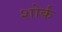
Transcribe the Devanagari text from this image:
शोर्क